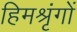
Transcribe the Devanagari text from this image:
हिमश्रृंगों